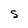
Character: S